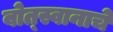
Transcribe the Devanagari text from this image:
बोत्स्वानाचे